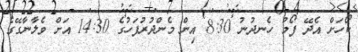
ކޯހަށް އެދޭ ފޯމު ހެނދުނު 8:30 އިން މެންދުރުފަހުގެ 14:30 އަށް ވެލާނާގޭގެ